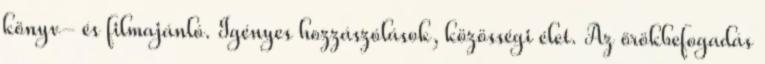
könyv- és filmajánló. Igényes hozzászólások, közösségi élet. Az örökbefogadás